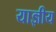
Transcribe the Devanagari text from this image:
याज्ञीय